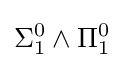
\Sigma _{1}^{0}\land \Pi _{1}^{0}